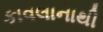
કાવલાનાથી